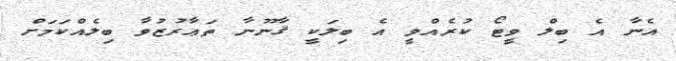
އެނާ އެ ބިލް ވީޓޯ ކުރެއްވީ އެ ބިލަކީ ޤާނޫނާ ތަޢާރުޒުވާ ބިލެއްކަމަށް